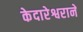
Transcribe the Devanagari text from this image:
केदारेश्वराने